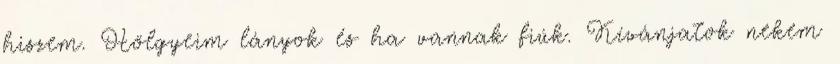
hiszem. Hölgyeim lányok és ha vannak fiúk. Kívánjatok nekem